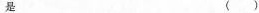
是 ()